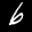
Label: 6